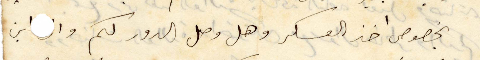
بخصوص اخذ العسكر وهل وصل الدور لكم وان ابن